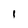
Character: 1